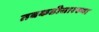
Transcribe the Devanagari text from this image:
तबकडीसारख्या